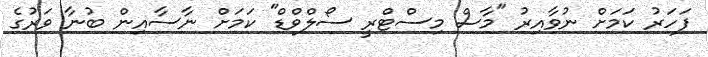
ފަހަރު ކަމަށް ނުވާއިރު "މާސް މިސްޓްރީ ސޯލްވްޑް" ކަމަށް ނާސާއިން ބުނާ ވަރުގެ